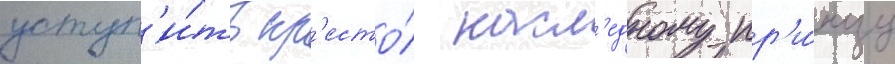
уступ'и́ть пр'есто́л насл'едному пр'и́нцу